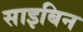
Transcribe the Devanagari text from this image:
साइबिन